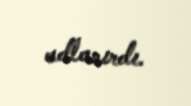
adlanırdı.